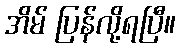
အိမ် ပြန်လို့ရပြီ။